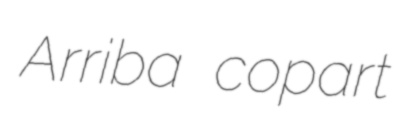
Arriba copart